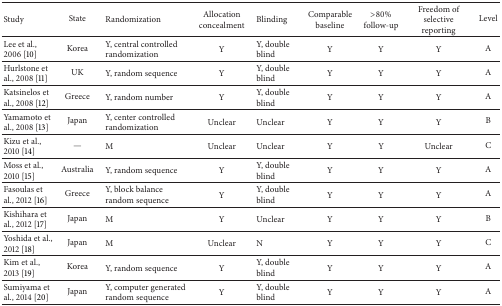
<table><thead><tr><td><b>Study</b></td><td><b>State</b></td><td><b>Randomization</b></td><td><b>Allocation concealment</b></td><td><b>Blinding</b></td><td><b>Comparable baseline</b></td><td><b>&gt;80% follow-up</b></td><td><b>Freedom of selective reporting</b></td><td><b>Level</b></td></tr></thead><tbody><tr><td>Lee et al., 2006 [10]</td><td>Korea</td><td>Y, central controlled randomization</td><td>Y</td><td>Y, double blind </td><td>Y</td><td>Y</td><td>Y</td><td>A</td></tr><tr><td>Hurlstone et al., 2008 [11]</td><td>UK</td><td>Y, random sequence</td><td>Y</td><td>Y, double blind</td><td>Y</td><td>Y</td><td>Y</td><td>A</td></tr><tr><td>Katsinelos et al., 2008 [12]</td><td>Greece</td><td>Y, random number</td><td>Y</td><td>Y, double blind</td><td>Y</td><td>Y</td><td>Y</td><td>A</td></tr><tr><td>Yamamoto et al., 2008 [13]</td><td>Japan</td><td>Y, center controlled randomization</td><td>Unclear</td><td>Unclear</td><td>Y</td><td>Y</td><td>Y</td><td>B</td></tr><tr><td>Kizu et al., 2010 [14]</td><td>—</td><td>M</td><td>Unclear</td><td>Unclear</td><td>Y</td><td>Y</td><td>Unclear</td><td>C</td></tr><tr><td>Moss et al., 2010 [15]</td><td>Australia</td><td>Y, random sequence</td><td>Y</td><td>Y, double blind</td><td>Y</td><td>Y</td><td>Y</td><td>A</td></tr><tr><td>Fasoulas et al., 2012 [16]</td><td>Greece</td><td>Y, block balance random sequence</td><td>Y</td><td>Y, double blind</td><td>Y</td><td>Y</td><td>Y</td><td>A</td></tr><tr><td>Kishihara et al., 2012 [17]</td><td>Japan</td><td>M</td><td>Y</td><td>Unclear</td><td>Y</td><td>Y</td><td>Y</td><td>B</td></tr><tr><td>Yoshida et al., 2012 [18]</td><td>Japan</td><td>M</td><td>Unclear</td><td>N</td><td>Y</td><td>Y</td><td>Y</td><td>C</td></tr><tr><td>Kim et al., 2013 [19]</td><td>Korea</td><td>Y, random sequence </td><td>Y</td><td>Y, double blind</td><td>Y</td><td>Y</td><td>Y</td><td>A</td></tr><tr><td>Sumiyama et al., 2014 [20]</td><td>Japan</td><td>Y, computer generated random sequence</td><td>Y</td><td>Y, double blind</td><td>Y</td><td>Y</td><td>Y</td><td>A</td></tr></tbody></table>